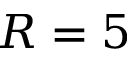
R = 5